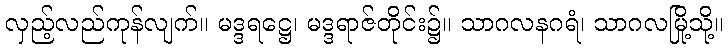
လှည့်လည်ကုန်လျက်။ မဒ္ဒရဋ္ဌေ၊ မဒ္ဒရာဇ်တိုင်း၌။ သာဂလနဂရံ၊ သာဂလမြို့သို့။